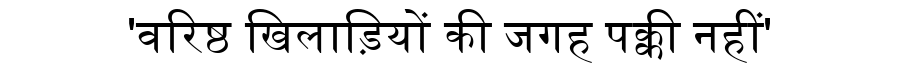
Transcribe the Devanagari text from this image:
'वरिष्ठ खिलाड़ियों की जगह पक्की नहीं'